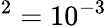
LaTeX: ^{2}=10^{-3}